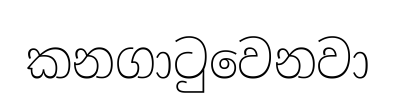
කනගාටුවෙනවා